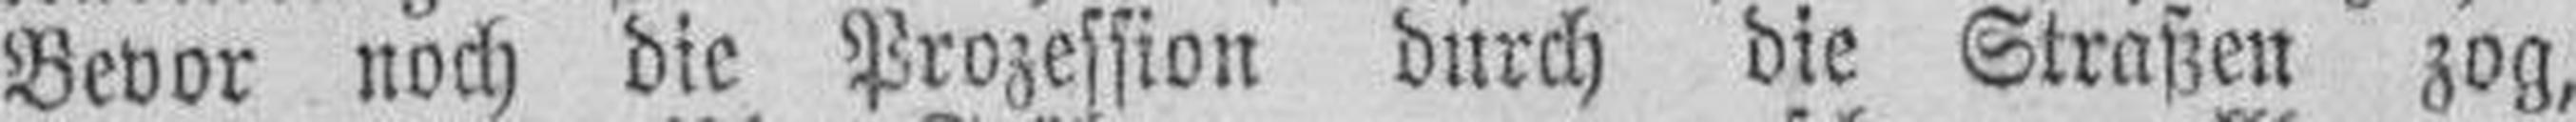
Bevor noch die Prozession durch die Straßen zog,